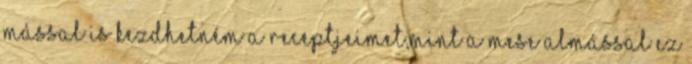
mással is kezdhetném a receptjeimet,mint a Mese almással Ez